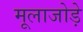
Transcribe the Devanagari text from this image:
मूलाजोड़े